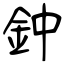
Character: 鈡